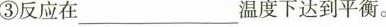
③反应在_________________________温度下达到平衡。